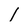
Character: I